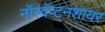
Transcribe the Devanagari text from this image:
नॉरदॅप्टनशायर